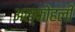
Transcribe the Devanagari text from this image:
अल्कोहली